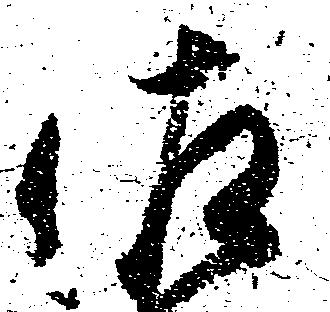
佐